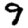
Digit: 9